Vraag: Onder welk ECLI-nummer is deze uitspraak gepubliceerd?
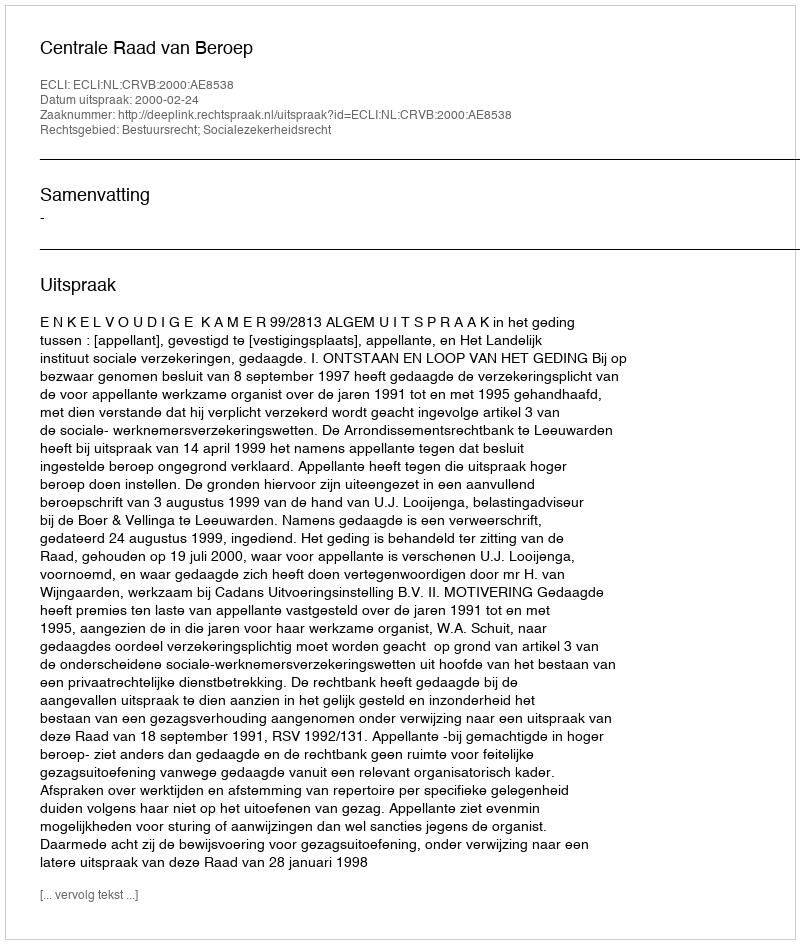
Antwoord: ECLI:NL:CRVB:2000:AE8538